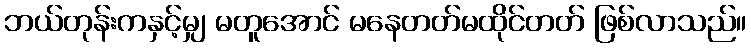
ဘယ်တုန်းကနှင့်မျှ မတူအောင် မနေတတ်မထိုင်တတ် ဖြစ်လာသည်။